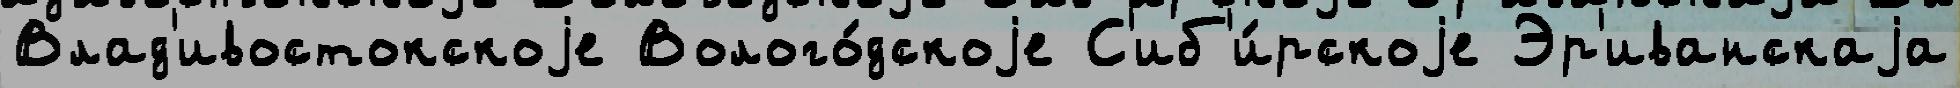
Влад'ивостокскоjе Волого́дскоjе С'иб'и́рскоjе Эр'иванскаjа